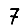
Digit: 7